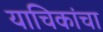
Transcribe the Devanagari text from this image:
याचिकांचा